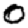
Digit: 0